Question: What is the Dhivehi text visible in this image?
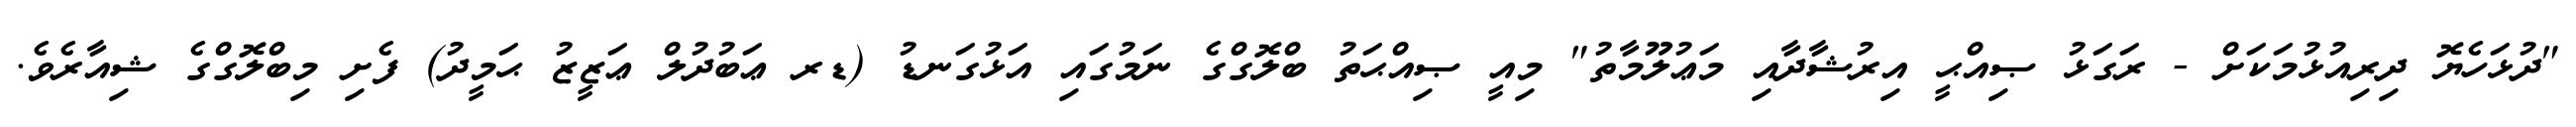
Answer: "ދުޅަހެޔޮ ދިރިއުޅުމަކަށް - ރަގަޅު ޞިއްޙީ އިރުޝާދާއި މަޢުލޫމާތު" މިއީ ޞިއްޙަތު ބްލޮގްގެ ނަމުގައި އަޅުގަނޑު (ޑރ ޢަބުދުލް ޢަޒީޒު ޙަމީދު) ފެށި މިބްލޮގްގެ ޝިއާރެވެ.